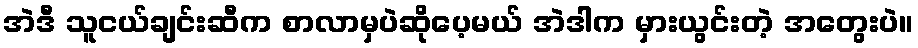
အဲဒီ သူငယ်ချင်းဆီက စာလာမှပဲဆိုပေ့မယ် အဲဒါက မှားယွင်းတဲ့ အတွေးပဲ။